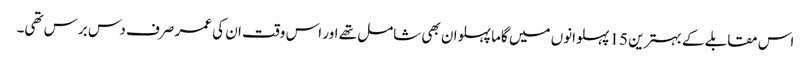
اس مقابلے کے بہترین 15 پہلوانوں میں گاما پہلوان بھی شامل تھے اور اس وقت ان کی عمر صرف دس برس تھی۔